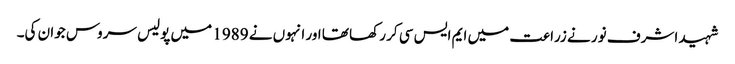
شہید اشرف نور نے زراعت میں ایم ایس سی کر رکھا تھا اور انہوں نے 1989 میں پولیس سروس جوان کی۔